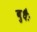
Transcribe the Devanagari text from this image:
बुधैः